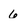
Character: 6